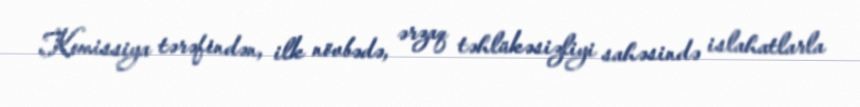
Komissiya tərəfindən, ilk növbədə, ərzaq təhlükəsizliyi sahəsində islahatlarla